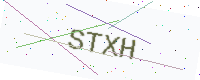
Text: STXH